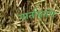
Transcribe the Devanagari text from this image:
वार्ताहरांचे